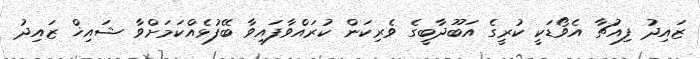
ޒައިދު ފިއުޗާ އެވޯޑަކީ ކުރީގެ އަބޫދާބީގެ ވެރިކަން ކުރައްވާފައިވާ ބޭފުޅެއްކަމަށްވާ ޝައިޚް ޒައިދު